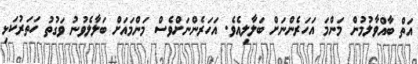
އަތް ބާއްވާލުމުން މަންމަ އަހަރެންނަށް ބަލާލިއެވެ. އަހަރެންނަށްވެސް މަންމައަށް ބަލާލެވުނު ވަގުތު ހަތަރުކަޅި